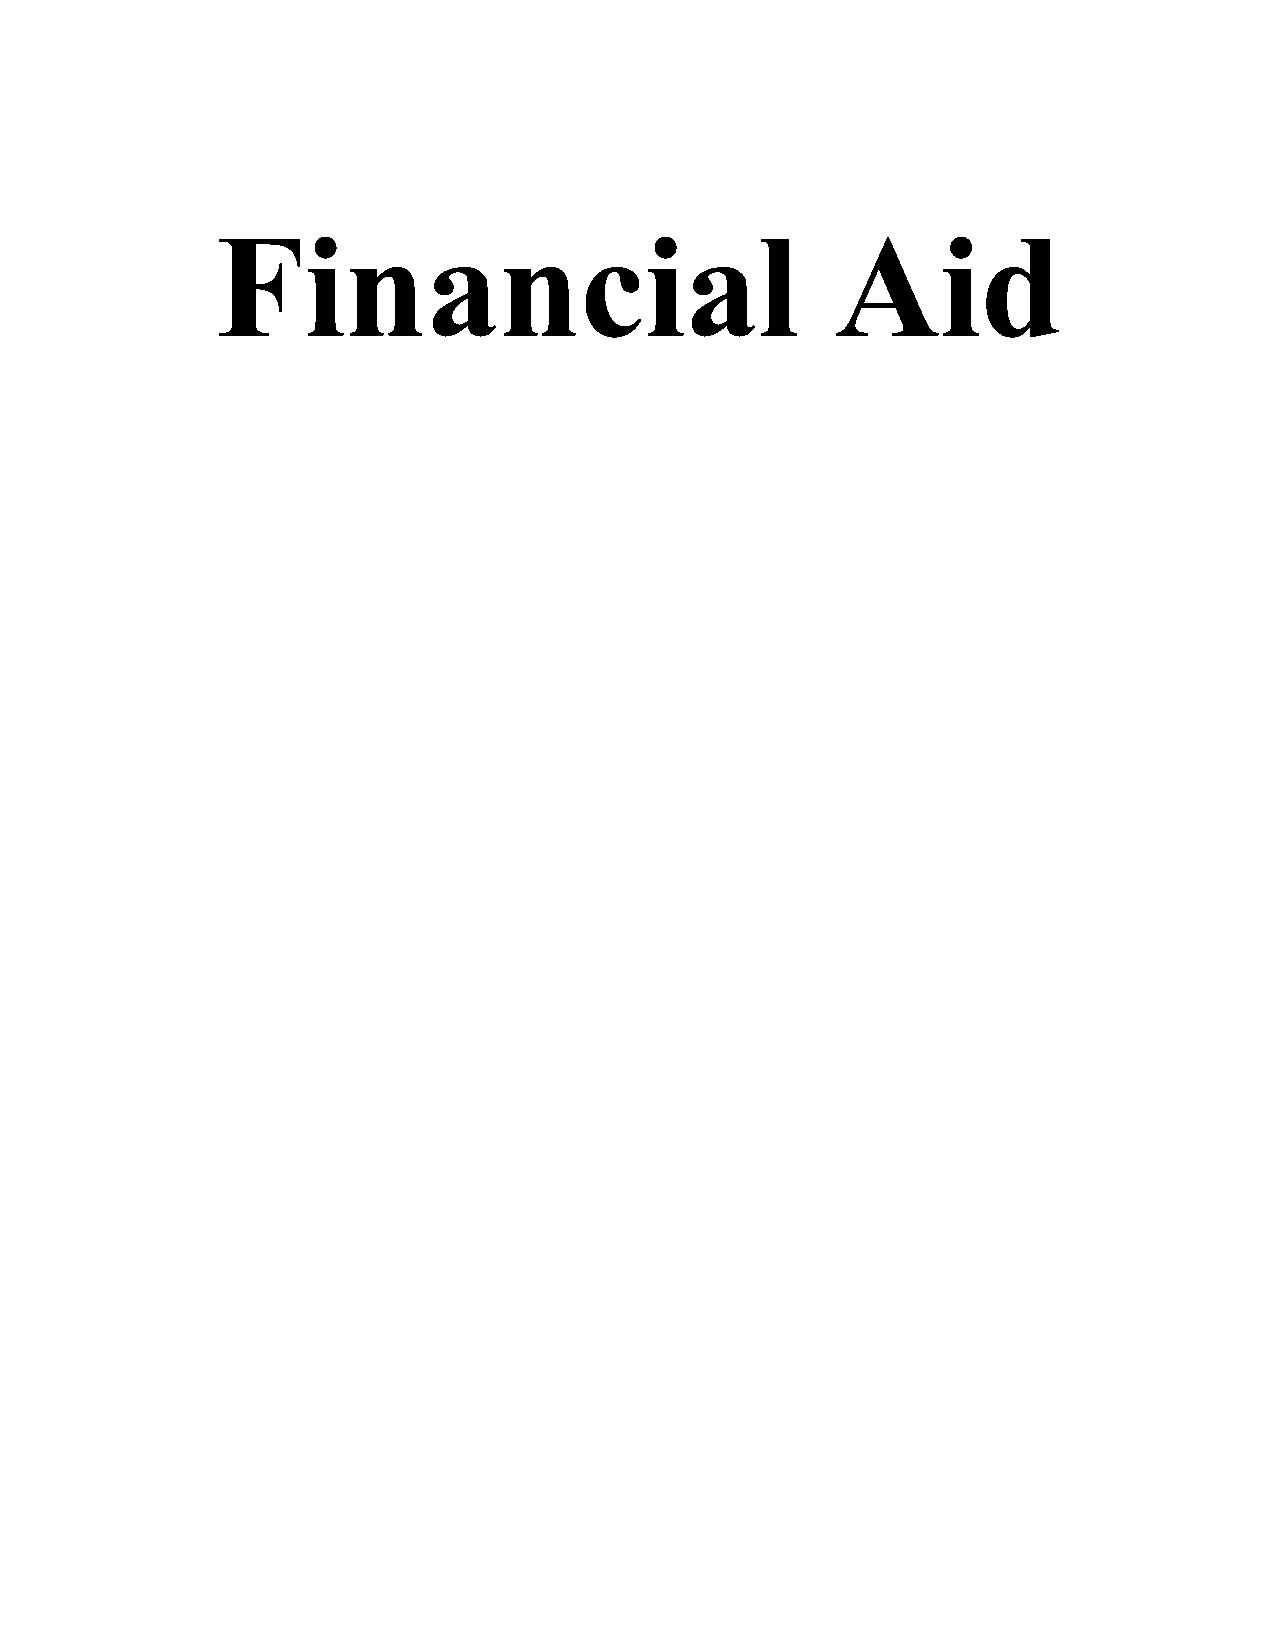
Financial                                Aid